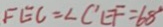
F E C = \angle C ^ { \prime } E F = 6 8 ^ { \circ }